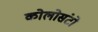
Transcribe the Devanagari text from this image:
कोलोसंटो